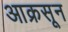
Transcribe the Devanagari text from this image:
आक्रसून